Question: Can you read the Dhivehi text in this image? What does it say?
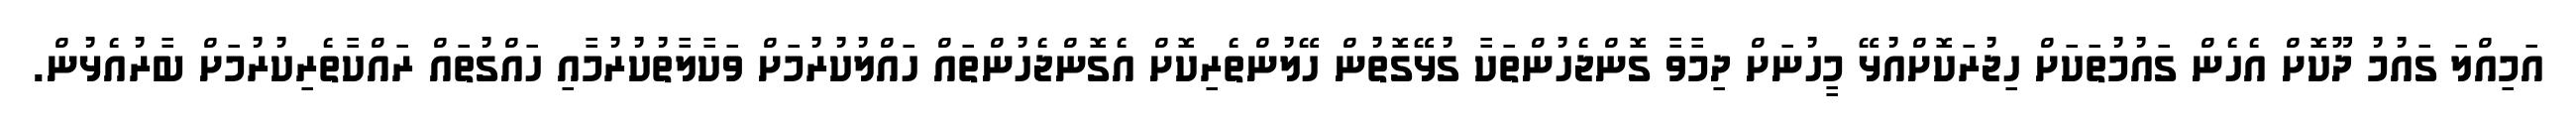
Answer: އަމިއްލަ ގައުމު ދޫކޮށް އެހެން ގައުމުތަކަށް ހިޖުރަކޮށްއުޅޭ މީހުނަށް ދިމާވާ ގޮންޖެހުންތަކާ ގުޅޭގޮތުން ހޭލުންތެރިކޮށް އެގޮންޖެހުންތައް ހައްލުކުރުމަށް ވަކާލާތުކުރުމާއި ހައްގުތައް ރައްކާތެރިކުރުމަށް ބާރުއެޅުން.